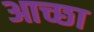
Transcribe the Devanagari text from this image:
आच्छा